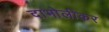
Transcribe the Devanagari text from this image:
दाभोलीकर